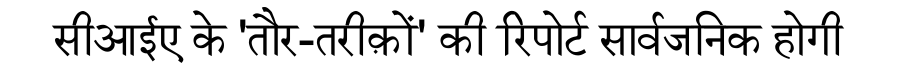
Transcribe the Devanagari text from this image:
सीआईए के 'तौर-तरीक़ों' की रिपोर्ट सार्वजनिक होगी